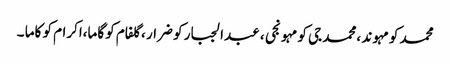
محمد کو مہوند ،محمد جی کو مہونجی ، عبدالجبار کو ضرار ،گلفام کو گاما،اکرام کو کاما ۔